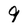
Character: 9